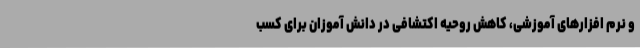
و نرم افزارهای آموزشی، کاهش روحیه اکتشافی در دانش آموزان برای کسب